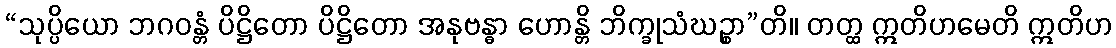
“သုပ္ပိယော ဘဂဝန္တံ ပိဋ္ဌိတော ပိဋ္ဌိတော အနုဗန္ဓာ ဟောန္တိ ဘိက္ခုသံဃဉ္စာ”တိ။ တတ္ထ ဣတိဟမေတိ ဣတိဟ